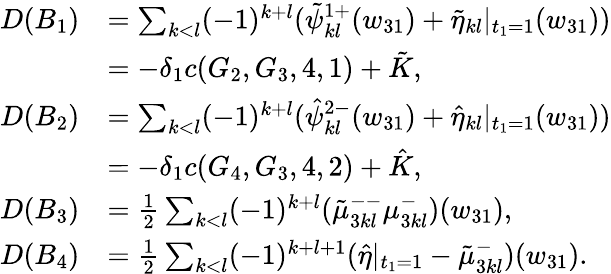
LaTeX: \begin{array}{rl}{D(B_{1})}&{=\sum_{k<l}(-1)^{k+l}(\tilde{\psi}_{kl}^{1+}(w_{31})+\tilde{\eta}_{kl}|_{t_{1}=1}(w_{31}))}\\ &{=-\delta_{1}c(G_{2},G_{3},4,1)+\tilde{K},}\\ {D(B_{2})}&{=\sum_{k<l}(-1)^{k+l}(\hat{\psi}_{kl}^{2-}(w_{31})+\hat{\eta}_{kl}|_{t_{1}=1}(w_{31}))}\\ &{=-\delta_{1}c(G_{4},G_{3},4,2)+\hat{K},}\\ {D(B_{3})}&{=\frac{1}{2}\sum_{k<l}(-1)^{k+l}(\tilde{\mu}_{3kl}^{--}\mu_{3kl}^{-})(w_{31}),}\\ {D(B_{4})}&{=\frac{1}{2}\sum_{k<l}(-1)^{k+l+1}(\hat{\eta}|_{t_{1}=1}-\tilde{\mu}_{3kl}^{-})(w_{31}).}\end{array}